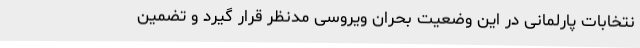
نتخابات پارلمانی در این وضعیت بحران ویروسی مدنظر قرار گیرد و تضمین